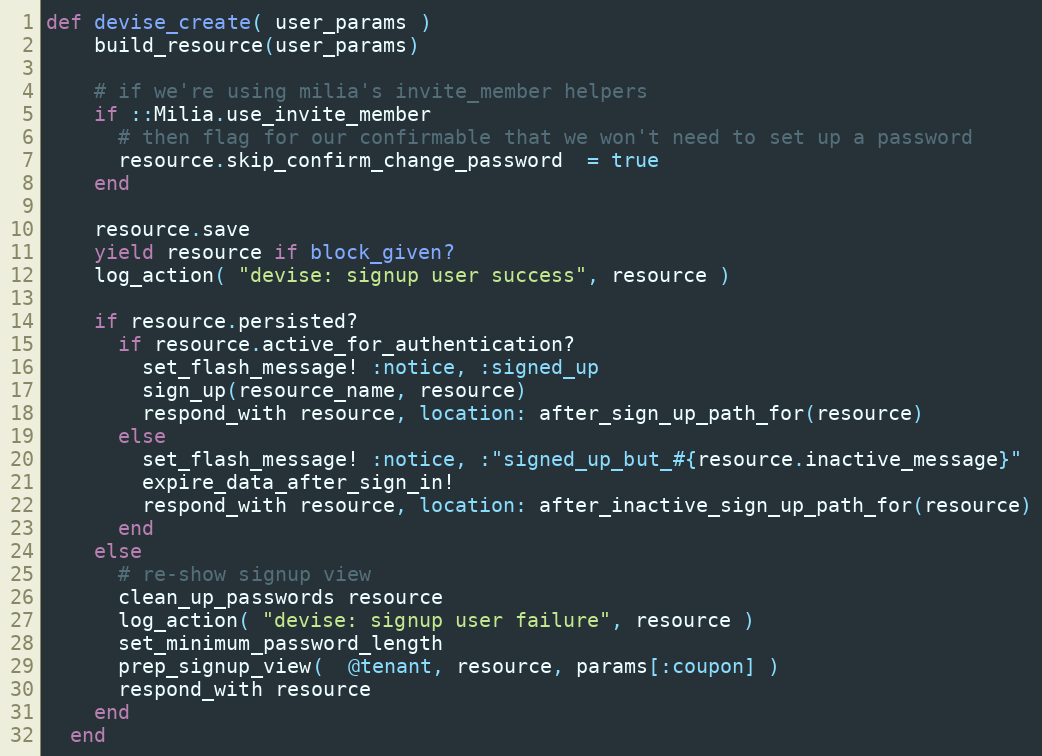
Language: Ruby
def devise_create( user_params )
    build_resource(user_params)

    # if we're using milia's invite_member helpers
    if ::Milia.use_invite_member
      # then flag for our confirmable that we won't need to set up a password
      resource.skip_confirm_change_password  = true
    end

    resource.save
    yield resource if block_given?
    log_action( "devise: signup user success", resource )

    if resource.persisted?
      if resource.active_for_authentication?
        set_flash_message! :notice, :signed_up
        sign_up(resource_name, resource)
        respond_with resource, location: after_sign_up_path_for(resource)
      else
        set_flash_message! :notice, :"signed_up_but_#{resource.inactive_message}"
        expire_data_after_sign_in!
        respond_with resource, location: after_inactive_sign_up_path_for(resource)
      end
    else
      # re-show signup view
      clean_up_passwords resource
      log_action( "devise: signup user failure", resource )
      set_minimum_password_length
      prep_signup_view(  @tenant, resource, params[:coupon] )
      respond_with resource
    end
  end